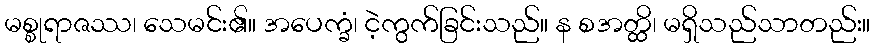
မစ္စုရာဇဿ၊ သေမင်း၏။ အပေက္ခံ၊ ငဲ့ကွက်ခြင်းသည်။ န စအတ္ထိ၊ မရှိသည်သာတည်း။